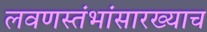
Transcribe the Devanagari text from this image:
लवणस्तंभांसारख्याच